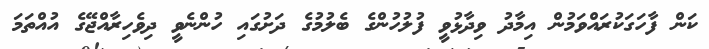
ކަން ފާހަގަކުރައްވަމުން އިމާދު ވިދާޅުވީ ފުލުހުންގެ ބެލުމުގެ ދަށުގައި ހުންނެވީ ދިވެހިރާއްޖޭގެ އުއްތަމަ